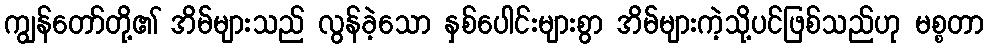
ကျွန်တော်တို့၏ အိမ်များသည် လွန်ခဲ့သော နှစ်ပေါင်းများစွာ အိမ်များကဲ့သို့ပင်ဖြစ်သည်ဟု မစ္စတာ